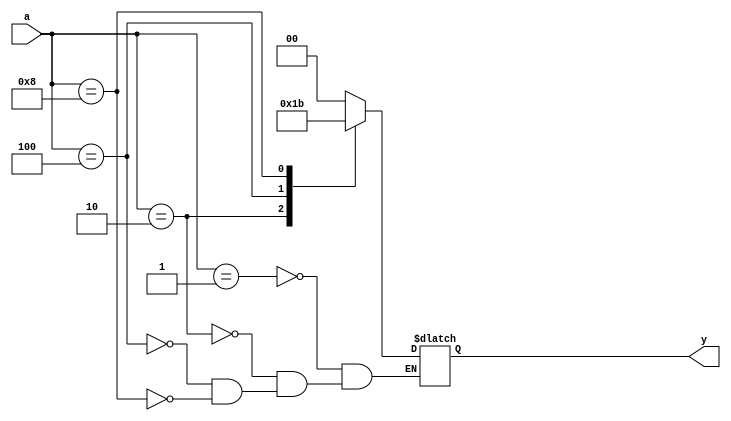
`timescale 1ns / 1ps

module encoder_4to2(a,y);
    input[3:0] a;
    output reg[1:0] y;
    
    always@(*) begin
        case(a)
            1 : y <= 2'b00;
            2 : y <= 2'b01;
            4 : y <= 2'b10;
            8 : y <= 2'b11;
            default y <= y;
        endcase
    end
endmodule